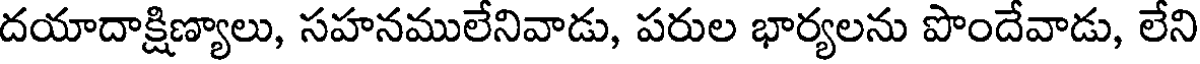
దయాదాక్షిణ్యాలు, సహనములేనివాడు, పరుల భార్యలను పొందేవాడు, లేని